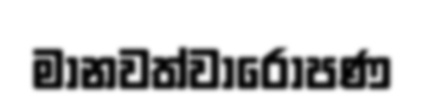
මානවත්වාරෝපණ